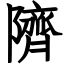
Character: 隮